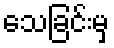
သေခြင်းမှ